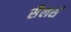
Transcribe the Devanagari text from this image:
सैलर्स